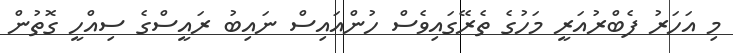
މި އަހަރު ފެބްރުއަރީ މަހުގެ ތެރޭގައިވެސް ހުންއައިސް ނައިބު ރައީސްގެ ސިއްހީ ގޮތުން